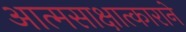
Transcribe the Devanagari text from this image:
आत्मसाक्षात्काराने